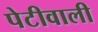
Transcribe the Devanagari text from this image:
पेटीवाली